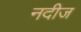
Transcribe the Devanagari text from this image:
नदीज